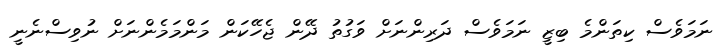
ނަމަވެސް ކިތަންމެ ބިޒީ ނަމަވެސް ދަރިންނަށް ވަގުތު ދޭން ޖެހޭކަން މަންމަމެންނަށް ނުވިސްނެނީ